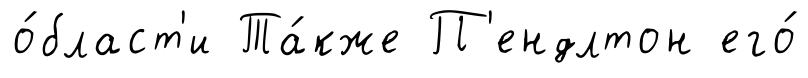
о́бласт'и Та́кже П'ендлтон его́